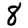
Digit: 8